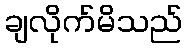
ချလိုက်မိသည်